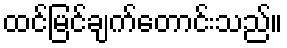
ထင်မြင်ချက်တောင်းသည်။